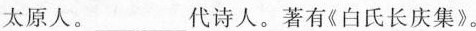
太原人。___代诗人。著有《白氏长庆集》。